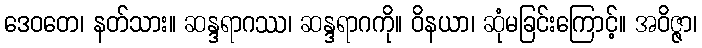
ဒေဝတေ၊ နတ်သား။ ဆန္ဒရာဂဿ၊ ဆန္ဒရာဂကို။ ဝိနယာ၊ ဆုံမခြင်းကြောင့်။ အဝိဇ္ဇာ၊